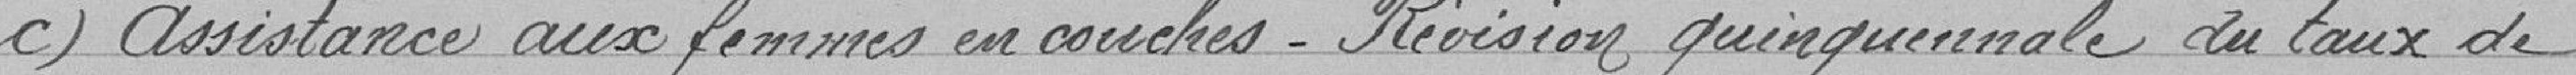
c) Assistance aux femmes en couches. Révision quinquennale du taux de